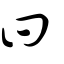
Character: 曰